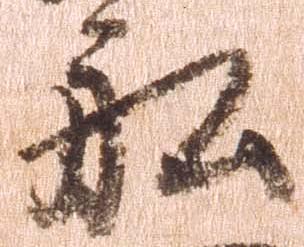
船